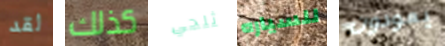
لقد كذلك ثلجي للسياره يعودون